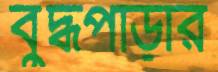
বুদ্ধপাড়ার